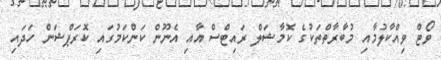
ވޯޓް ވިއްކާލުމާއި މުބާރާތްތަކުގެ ކޮމާޝަލް ރައިޓްސް އާއި އެނޫން ކަންކަމުގައި ކޮރަޕްޝަން ހަދައި